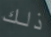
ذلك